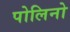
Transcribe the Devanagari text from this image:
पोलिनो